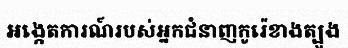
អង្កេតការណ៍របស់អ្នកជំនាញកូរ៉េខាងត្បូង